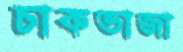
চাকভাজা